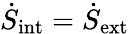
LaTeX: \dot{S}_{\mathrm{int}}=\dot{S}_{\mathrm{ext}}